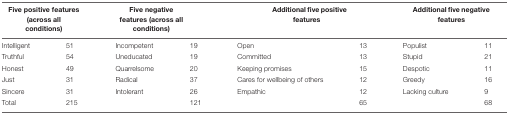
| Five positive features (across all conditions) |  | Five negative features (across all conditions) |  | Additional five positive features |  | Additional five negative features |  |
 | --- | --- | --- | --- | --- | --- | --- | --- |
 | Intelligent | 51 | Incompetent | 19 | Open | 13 | Populist | 11 |
 | Truthful | 54 | Uneducated | 19 | Committed | 13 | Stupid | 21 |
 | Honest | 49 | Quarrelsome | 20 | Keeping promises | 15 | Despotic | 11 |
 | Just | 31 | Radical | 37 | Cares for wellbeing of others | 12 | Greedy | 16 |
 | Sincere | 31 | Intolerant | 26 | Empathic | 12 | Lacking culture | 9 |
 | Total | 215 |  | 121 |  | 65 |  | 68 |